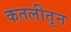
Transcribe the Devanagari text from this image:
कतलीतून